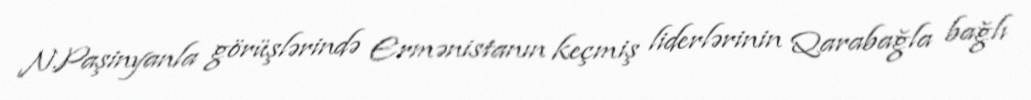
N.Paşinyanla görüşlərində Ermənistanın keçmiş liderlərinin Qarabağla bağlı